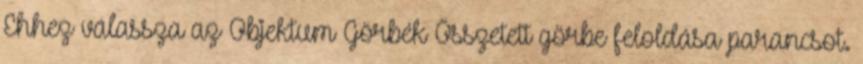
Ehhez válassza az Objektum Görbék Összetett görbe feloldása parancsot.